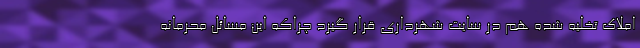
املاک تخلیه شده هم در سایت شهرداری قرار گیرد چراکه این مسائل محرمانه